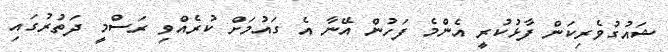
ޝައުގުވެރިކަން ފާޅުކުރީ އެންމެ ފަހުން އޭނާ އެ ގައުމަށް ކުރެއްވި ރަސްމީ ދަތުރުގައި